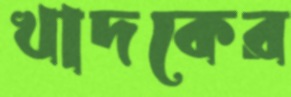
খাদকের